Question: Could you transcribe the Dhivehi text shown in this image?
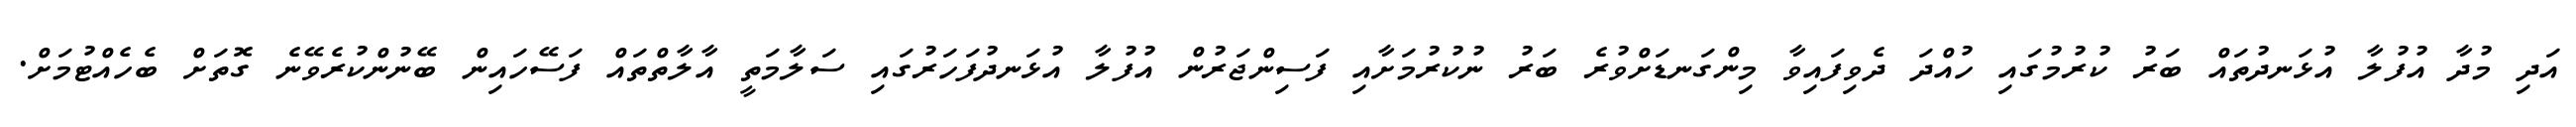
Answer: އަދި މުދާ އުފުލާ އުޅަނދުތައް ބަރު ކުރުމުގައި ހުއްދަ ދެވިފައިވާ މިންގަނޑަށްވުރެ ބަރު ނުކުރުމަށާއި ފަސިންޖަރުން އުފުލާ އުޅަނދުފަހަރުގައި ސަލާމަތީ އާލާތްތައް ފަސޭހައިން ބޭނުންކުރެވޭނެ ގޮތަށް ބެހެއްޓުމަށް.